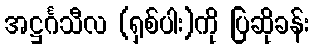
အဋ္ဌင်္ဂသီလ (ရှစ်ပါး)ကို ပြဆိုခန်း